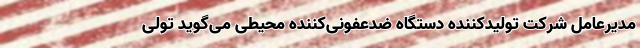
مدیرعامل شرکت تولیدکننده دستگاه‌ ضدعفونی‌کننده محیطی می‌گوید تولی